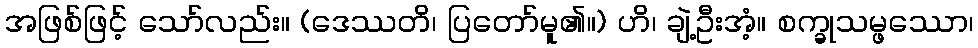
အဖြစ်ဖြင့် သော်လည်း။ (ဒေဿတိ၊ ပြတော်မူ၏။) ဟိ၊ ချဲ့ဦးအံ့။ စက္ခုသမ္ဖဿော၊